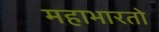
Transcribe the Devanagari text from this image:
महाभारतो